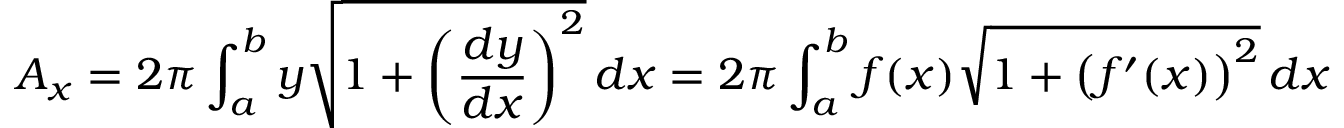
A _ { x } = 2 \pi \int _ { a } ^ { b } y { \sqrt { 1 + \left( { \frac { d y } { d x } } \right) ^ { 2 } } } \, d x = 2 \pi \int _ { a } ^ { b } f ( x ) { \sqrt { 1 + { \big ( } f ^ { \prime } ( x ) { \big ) } ^ { 2 } } } \, d x